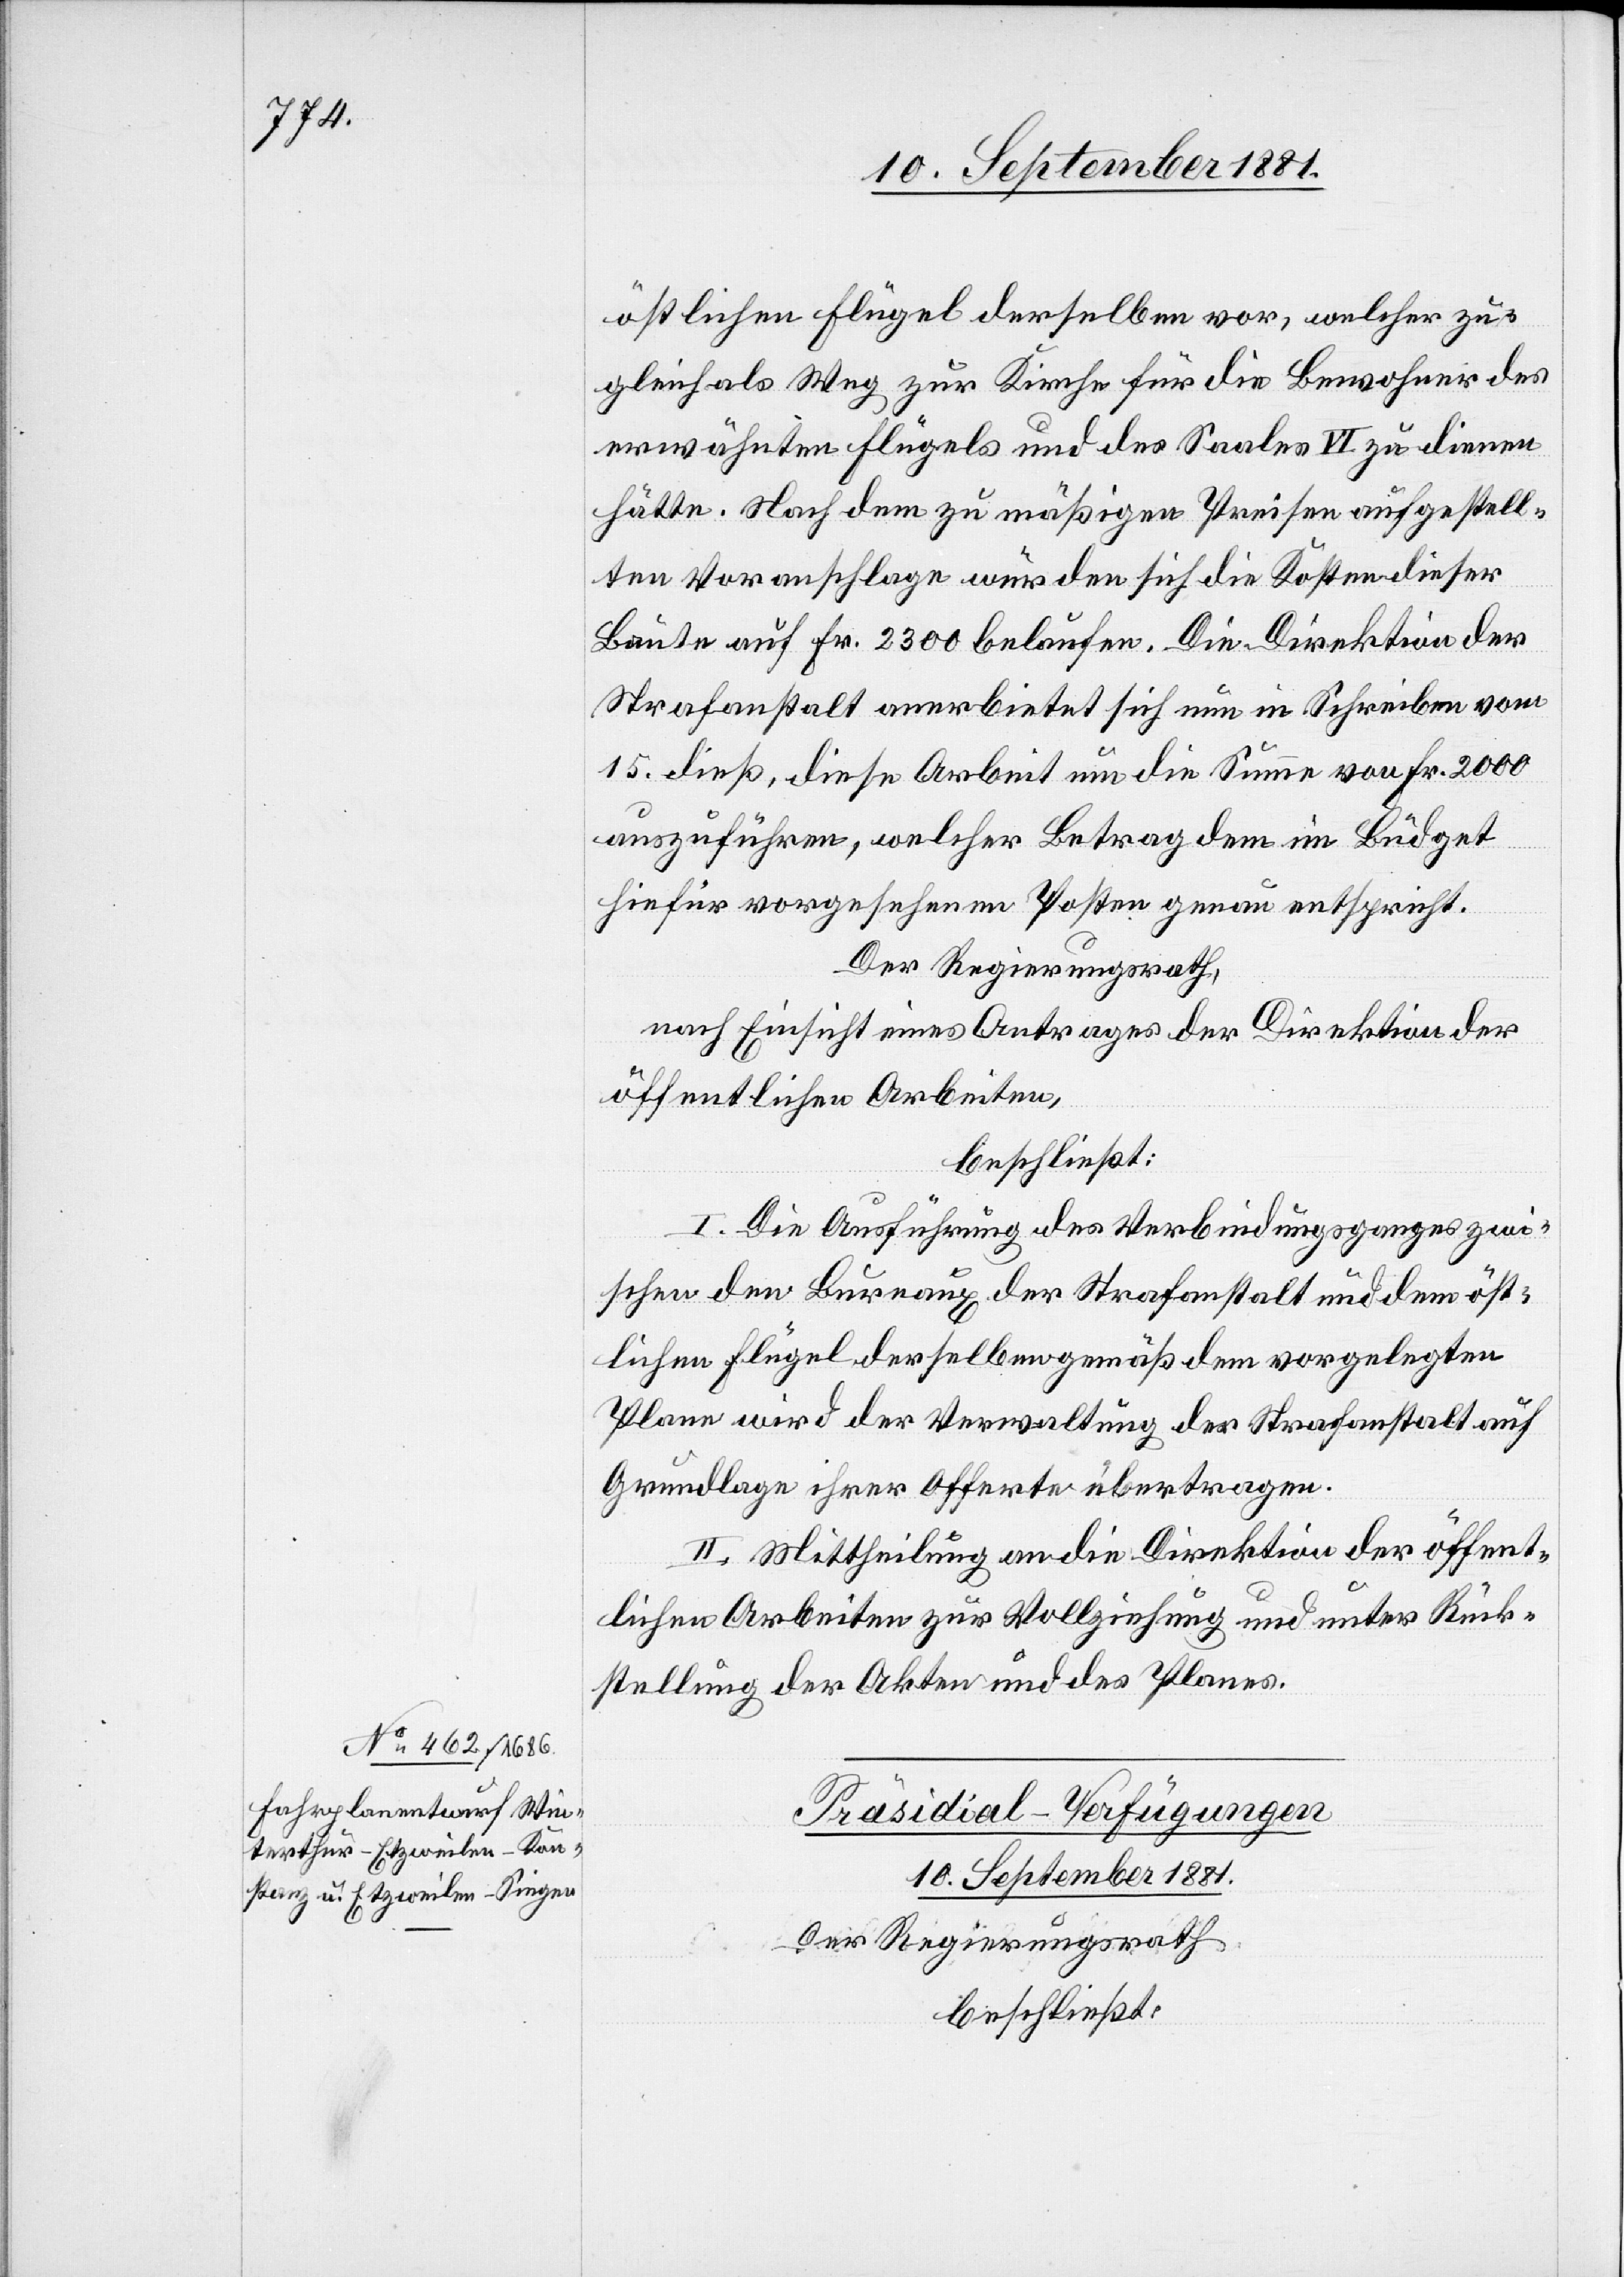
östlichen Flügel derselben vor, welcher zu¬
gleich als Weg zur Kirche für die Bewohner des
erwähnten Flügels und des Saales VI zu dienen
hätte. Nach dem zu mäßigen Preisen aufgestell¬
ten Voranschlage würden sich die Kosten dieser
Baute auf Fr. 2300 belaufen. Die Direktion der
Strafanstalt anerbietet sich nun in Schreiben vom
15. dieß, diese Arbeit um die Summe von Fr. 2000
auszuführen, welcher Betrag dem im Büdget
hiefür vorgesehenen Posten genau entspricht.
Der Regierungsrath,
nach Einsicht eines Antrages der Direktion der
öffentlichen Arbeiten,
beschließt:
I. Die Ausführung des Verbindungsganges zwi¬
schen den Bureaux der Strafanstalt und dem öst¬
lichen Flügel derselben gemäß dem vorgelegten
Plane wird der Verwaltung der Strafanstalt auf
Grundlage ihrer Offerte übertragen.
II. Mittheilung an die Direktion der öffent¬
lichen Arbeiten zur Vollziehung und unter Rück¬
stellung der Akten und des Planes.
Präsidial-Verfügungen
10. September 1881.
Der Regierungsrath
beschließt: